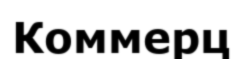
Коммерц